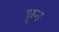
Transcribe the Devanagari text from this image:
ध्रुन